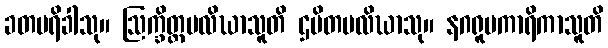
ခတပရိခါသု။ ဩက္ခိတ္တပလိဃာသူတိ ဌပိတပလိဃာသု။ နဂရူပကာရိကာသူတိ